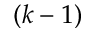
( k - 1 )